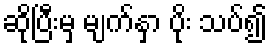
ဆိုပြီးမှ မျက်နှာ ပိုး သပ်၍